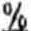
%